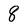
Character: 8